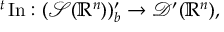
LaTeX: { } ^ { t } \operatorname { I n } : ( { \mathcal { S } } ( \mathbb { R } ^ { n } ) ) _ { b } ^ { \prime } \to { \mathcal { D } } ^ { \prime } ( \mathbb { R } ^ { n } ) ,